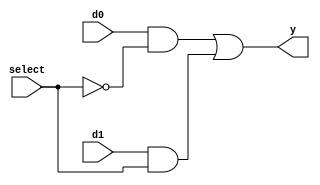
module m21(y,d0,d1,select);
    output y;
    input d0,d1,select;
    wire t1,t2;

    and (t1,d0,~select), (t2,d1,select);
    or (y,t1,t2);

endmodule